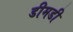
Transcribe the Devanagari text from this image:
डीमडी